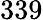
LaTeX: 339